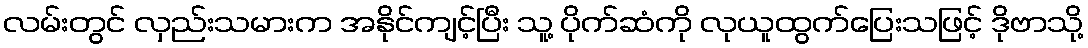
လမ်းတွင် လှည်းသမားက အနိုင်ကျင့်ပြီး သူ့ ပိုက်ဆံကို လုယူထွက်ပြေးသဖြင့် ဒိုဗာသို့